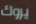
يروك